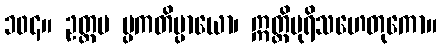
၁၀၄။ ဥတ္တမ ပ္ပကတိပ္ပာယော၊ ဣတ္ထိပုရိသဟေတုကော။